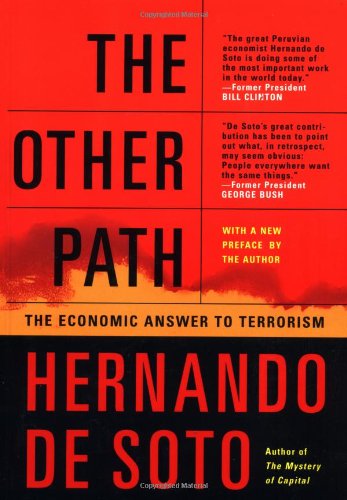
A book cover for The Other Path: The Economic Answer to Terrorism; Hernando De Soto; Business & Money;